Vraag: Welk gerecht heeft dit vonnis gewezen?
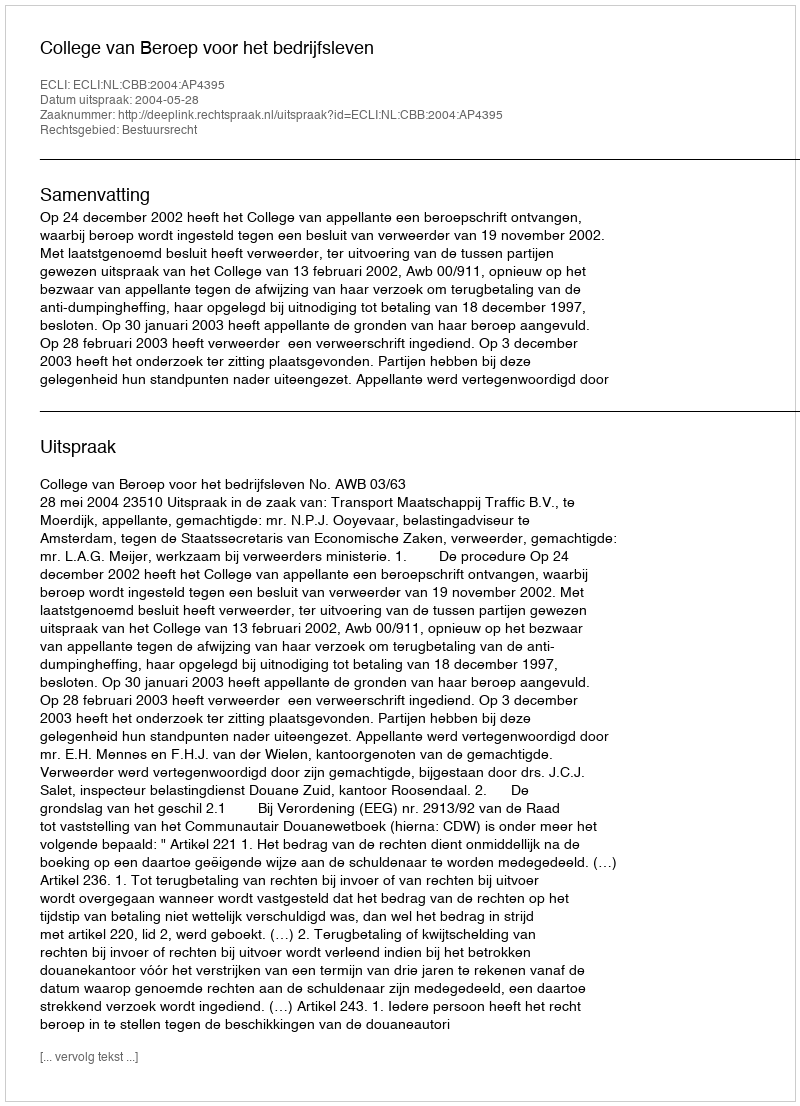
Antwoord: College van Beroep voor het bedrijfsleven